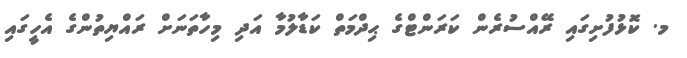
މ. ކޮޅުފުށިގައި ރޭއްސުރެން ކަރަންޓްގެ ޙިދްމަތް ކަޑާލުމާ އަދި މިހާތަނަށް ރައްޔިތުންގެ އެހީގައި